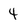
Character: 4